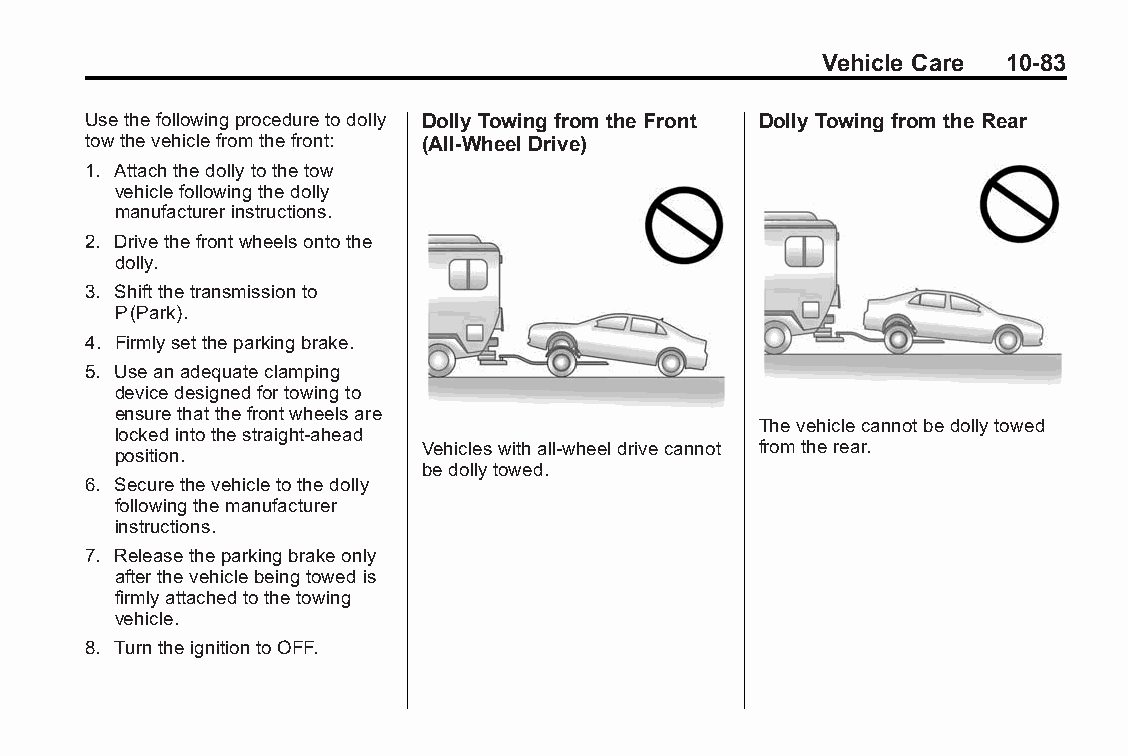
Buick LaCrosse Owner Manual (GMNA-Localizing-U.S./Canada/Mexico- Blackplate(83,1)
 6043609)-2014-2ndEdition-10/17/13
 Vehicle Care 10-83
 Usethefollowingproceduretodolly Dolly Towing from theFront Dolly Towing from theRear
 towthevehiclefromthefront: (All-Wheel Drive)
 1. Attachthedollytothetow
 vehiclefollowingthedolly
 manufacturerinstructions.
 2. Drivethefrontwheelsontothe
 dolly.
 3. Shiftthetransmissionto
 P(Park).
 4. Firmlysettheparkingbrake.
 5. Useanadequateclamping
 devicedesignedfortowingto
 ensurethatthefrontwheelsare
 Thevehiclecannotbedollytowed
 lockedintothestraight-ahead
 Vehicleswithall-wheeldrivecannot fromtherear.
 position.
 bedollytowed.
 6. Securethevehicletothedolly
 followingthemanufacturer
 instructions.
 7. Releasetheparkingbrakeonly
 afterthevehiclebeingtowedis
 firmlyattachedtothetowing
 vehicle.
 8. TurntheignitiontoOFF.